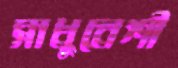
সাধুবেশী